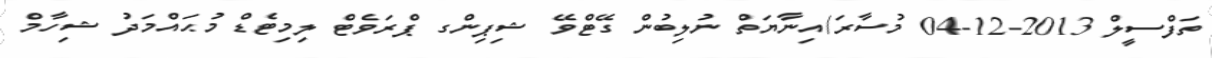
ތަފްސީލް 2013-12-04 މުސާރަ/އިނާޔަތް ނުލިބުން ގޭޓްވޭ ޝިޕިންގ ޕްރަވެޓް ލިމިޓެޑް މުޙައްމަދު ޝިހާމް